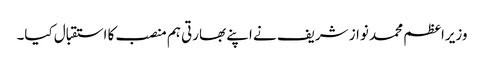
وزیراعظم محمد نواز شریف نے اپنے بھارتی ہم منصب کا استقبال کیا۔